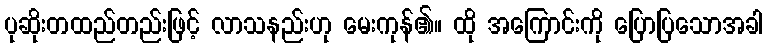
ပုဆိုးတထည်တည်းဖြင့် လာသနည်းဟု မေးကုန်၏။ ထို အကြောင်းကို ပြောပြသောအခါ